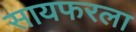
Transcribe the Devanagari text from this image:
सायफरला